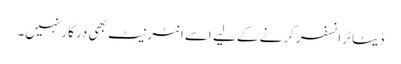
ڈیٹا ٹرانسفر کرنے کے لیے اسے انٹرنیٹ بھی درکار نہیں۔